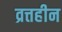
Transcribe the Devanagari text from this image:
व्रत्तहीन